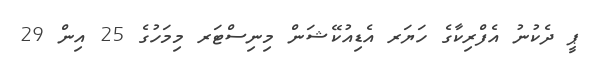
ޕީ ދެކުނު އެފްރިކާގެ ހަޔަރ އެޑިއުކޭޝަން މިނިސްޓަރ މިމަހުގެ 25 އިން 29